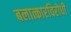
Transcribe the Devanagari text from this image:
बलात्कारविरोधी